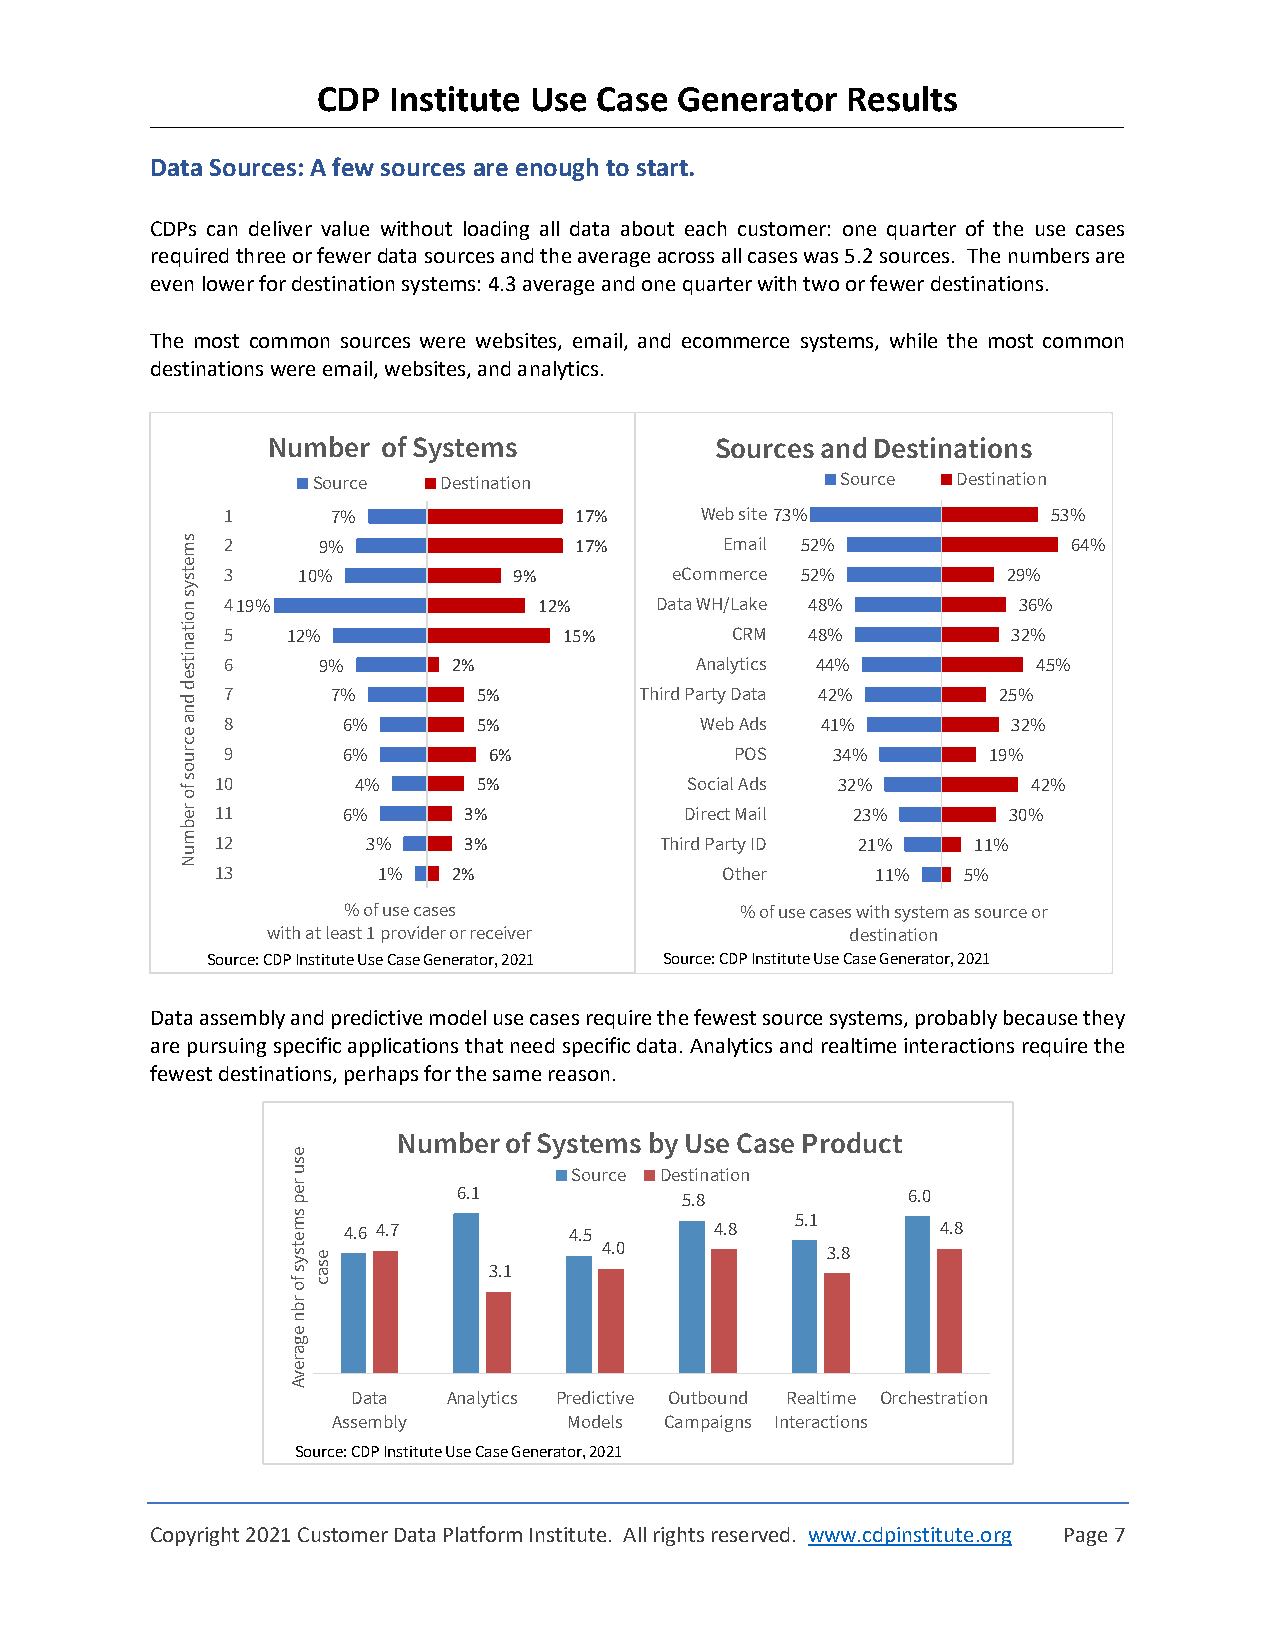
CDP  Institute Use Case Generator  Results
 Data Sources: A few sources are enough to start.
 CDPs can deliver value without loading all data about each customer: one quarter of the use cases
 required three or fewer data sources and the average across all cases was 5.2 sources. The numbers are
 even lower for destination systems: 4.3 average and one quarter with two or fewer destinations.
 The most common sources were websites, email, and ecommerce systems, while the most common
 destinations were email, websites, and analytics.
 Number of Systems            Sources and Destinations
 Source  Destination                Source Destination
 1      7%              17%     Web site73%             53%
 s m 2    9%               17%       Email 52%              64%
 e
 ts 3    10%           9%        eCommerce 52%          29%
 y
 s
 n  419%                 12%    Data WH/Lake 48%        36%
 o
 it a 5 12%               15%        CRM   48%          32%
 n
 its 6    9%       2%              Analytics 44%          45%
 e
 d
 d  7      7%        5%        Third Party Data 42%    25%
 n
 a  8       6%       5%            Web Ads 41%          32%
 e
 c
 r u 9      6%       6%               POS   34%       19%
 o
 s
 fo
 10       4%       5%           Social Ads 32%         42%
 r e 11     6%      3%            Direct Mail 23%       30%
 b
 m 12        3%     3%           Third Party ID 21%   11%
 u
 N
 13         1%   2%                Other     11%   5%
 % of use cases            % o f u se cases with system as source or
 with at least 1 provider or receiver  destination
 Source: CDP Institute Use Case Generator,2021 Source: CDP InstituteUse Case Generator, 2021
 Data assembly and predictive model use cases require the fewest source systems, probably because they
 are pursuing specific applications that need specific data. Analytics and realtime interactions require the
 fewest destinations, perhaps for the same reason.
 Number of Systems by Use Case Product
 e
 s
 u                  Source Destination
 r
 e p        6.1            5.8            6.0
 s m e 4.6 4.7      4.5      4.8   5.1      4.8
 ts y s foe s a
 c
 3.1     4.0            3.8
 r
 b
 n
 e
 g
 a
 r
 e
 v
 A
 Data   Analytics Predictive Outbound Realtime Orchestration
 Assembly        Models Campaigns Interactions
 Source:CDP Institute Use Case Generator, 2021
 Copyright 2021 Customer Data Platform Institute. All rights reserved. www.cdpinstitute.org Page 7